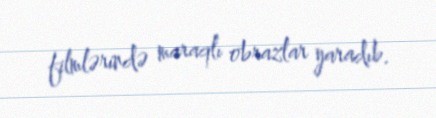
filmlərində maraqlı obrazlar yaradıb.